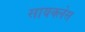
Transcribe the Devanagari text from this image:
सायक्लेस